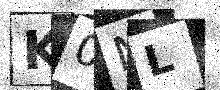
Text: K0ML